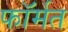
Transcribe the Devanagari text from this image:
फॉर्मत